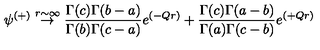
\psi ^ { ( + ) } \stackrel { r \sim \infty } { \rightarrow } { \frac { \Gamma ( c ) \Gamma ( b - a ) } { \Gamma ( b ) \Gamma ( c - a ) } } e ^ { ( - Q r ) } + { \frac { \Gamma ( c ) \Gamma ( a - b ) } { \Gamma ( a ) \Gamma ( c - b ) } } e ^ { ( + Q r ) }